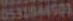
0531844501